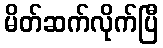
မိတ်ဆက်လိုက်ပြီ